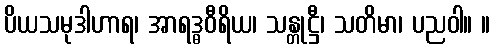
ပိယသမုဒါဟာရ၊ အာရဒ္ဓဝီရိယ၊ သန္တုဋ္ဌီ၊ သတိမာ၊ ပညဝါ။ ။